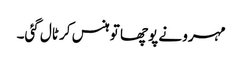
مہرو نے پوچھا تو ہنس کر ٹال گئی۔